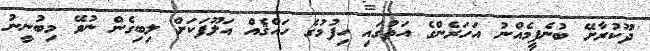
''ދޫކުރާށޭ ބުނެފީމެއްނު އަހަރެންގެ އަތުގައި ހިފުމުގެ ހައްޤެއް އަލޫފަކަށް ލިބިގެން ނުވޭ މިބުނީނު